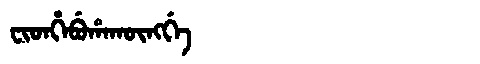
Manchu: ᠸᡳᡨᡥᡝᠪᡠᡥᠠᡴᡡᠩᡤᡝ
Romanization: FITHEBUHAKŪNGGE